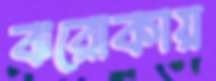
ঝরোকায়